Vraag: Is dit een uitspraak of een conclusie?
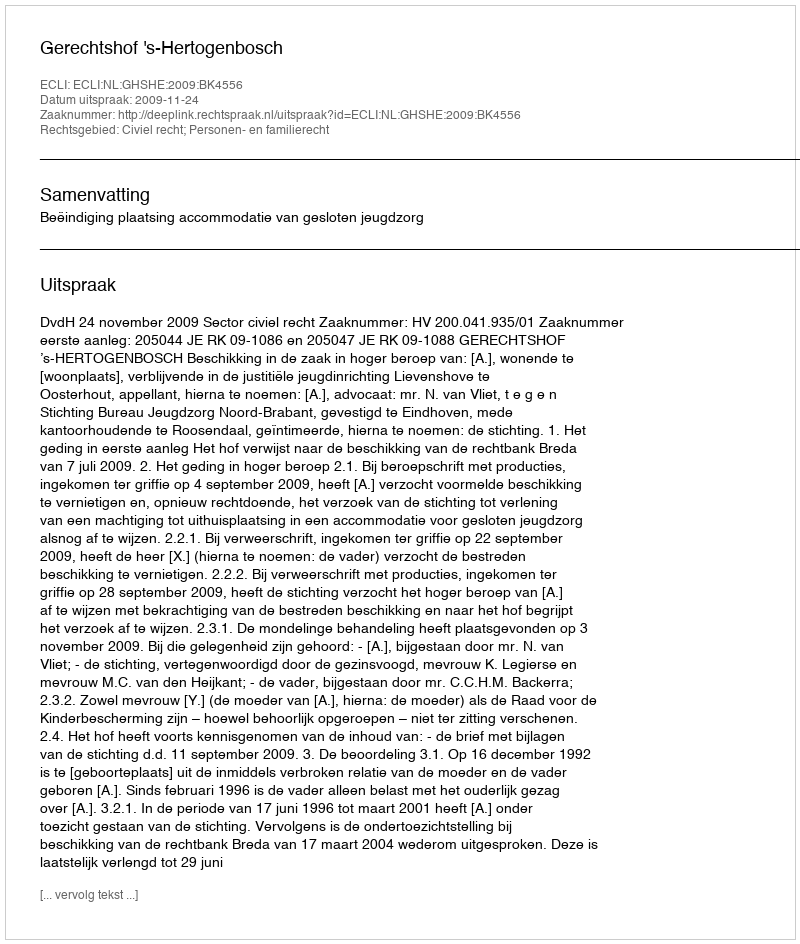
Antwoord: Uitspraak